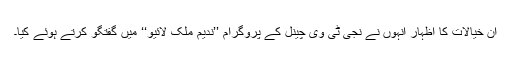
ان خیالات کا اظہار انہوں نے نجی ٹی وی چینل کے پروگرام ’’ندیم ملک لائیو‘‘ میں گفتگو کرتے ہوئے کیا۔